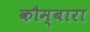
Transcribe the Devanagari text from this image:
कौम्बारा